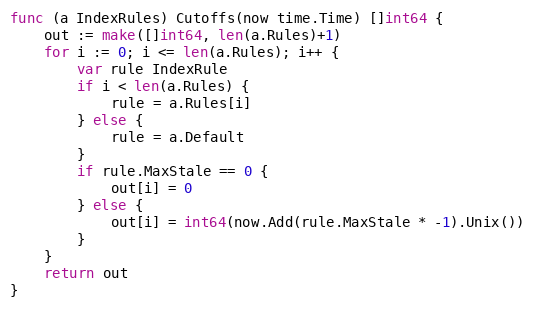
Language: Go
func (a IndexRules) Cutoffs(now time.Time) []int64 {
	out := make([]int64, len(a.Rules)+1)
	for i := 0; i <= len(a.Rules); i++ {
		var rule IndexRule
		if i < len(a.Rules) {
			rule = a.Rules[i]
		} else {
			rule = a.Default
		}
		if rule.MaxStale == 0 {
			out[i] = 0
		} else {
			out[i] = int64(now.Add(rule.MaxStale * -1).Unix())
		}
	}
	return out
}